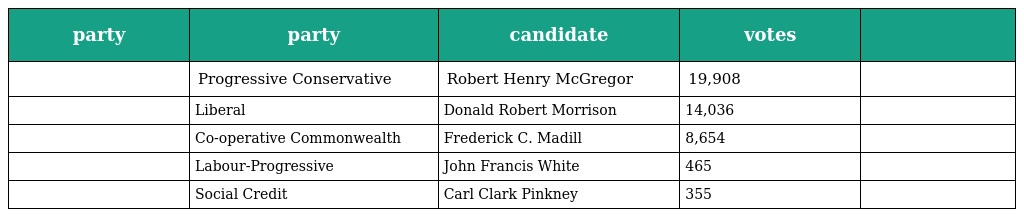
| party | party | candidate | votes |  |
 | --- | --- | --- | --- | --- |
 |  | Progressive Conservative | Robert Henry McGregor | 19,908 |  |
 |  | Liberal | Donald Robert Morrison | 14,036 |  |
 |  | Co-operative Commonwealth | Frederick C. Madill | 8,654 |  |
 |  | Labour-Progressive | John Francis White | 465 |  |
 |  | Social Credit | Carl Clark Pinkney | 355 |  |